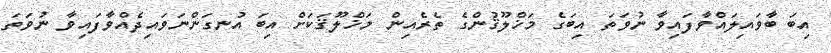
އިބަ ބާވައިލައްވާފައިވާ ނުވަތަ އިބަގެ މަޚްލޫޤުންގެ ތެރެއިން މަޚްލޫޤަކަށް އިބަ އުނގަންނަވައިދެއްވާފައިވާ ނުވަތަ